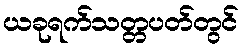
ယခုရက်သတ္တပတ်တွင်